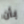
بأن